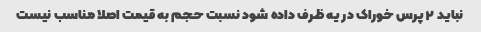
نباید ۲ پرس خوراک در یه ظرف داده شود نسبت حجم به قیمت اصلا مناسب نیست